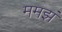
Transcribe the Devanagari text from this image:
ममझं